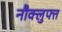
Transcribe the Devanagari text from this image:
नौक्लुफ्त